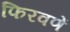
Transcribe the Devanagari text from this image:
फिरवणें